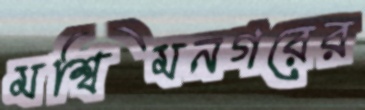
মশ্বিমনগরের